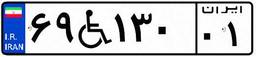
۶۲W۰۴۹۱۴